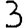
Digit: 3